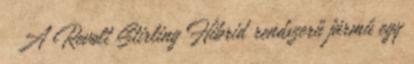
A Revolt Stirling Hibrid rendszerű jármű egy